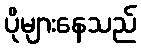
ပိုများနေသည်